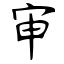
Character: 审